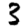
Digit: 3